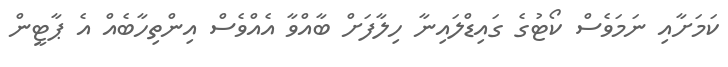
ކަމަށާއި ނަމަވެސް ކޯޓުގެ ގައިޑްލައިނާ ހިލާފަށް ބާއްވާ އެއްވެސް އިންތިހާބެއް އެ ޕާޓީން